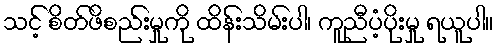
သင့် စိတ်ဖိစည်းမှုကို ထိန်းသိမ်းပါ၊ ကူညီပံ့ပိုးမှု ရယူပါ။